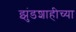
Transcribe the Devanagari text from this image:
झुंडशाहीच्या